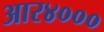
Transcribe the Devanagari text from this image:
आर४०००